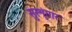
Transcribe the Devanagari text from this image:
सुरशृंगार